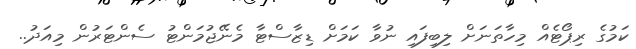
ކަމުގެ ރިޕޯޓެއް މިހާތަނަށް ލިބިފައި ނުވާ ކަމަށް ޑިޒާސްޓާ މެނޭޖުމަންޓު ސެންޓަރުން މިއަދު..